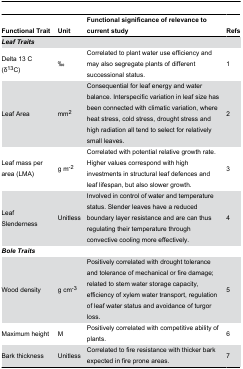
<table><thead><tr><td><b>Functional Trait</b></td><td><b>Unit</b></td><td><b>Functional significance of relevance to current study</b></td><td><b>Refs</b></td></tr></thead><tbody><tr><td><b><i>Leaf Traits</i></b></td><td></td><td></td><td></td></tr><tr><td>Delta 13 C (δ<sup>13</sup>C)</td><td>‰</td><td>Correlated to plant water use efficiency and may also segregate plants of different successional status.</td><td>1</td></tr><tr><td>Leaf Area</td><td>mm<sup>2</sup></td><td>Consequential for leaf energy and water balance. Interspecific variation in leaf size has been connected with climatic variation, where heat stress, cold stress, drought stress and high radiation all tend to select for relatively small leaves.</td><td>2</td></tr><tr><td>Leaf mass per area (LMA)</td><td>g m<sup>-2</sup></td><td>Correlated with potential relative growth rate. Higher values correspond with high investments in structural leaf defences and leaf lifespan, but also slower growth.</td><td>3</td></tr><tr><td>Leaf Slenderness</td><td>Unitless </td><td>Involved in control of water and temperature status. Slender leaves have a reduced boundary layer resistance and are can thus regulating their temperature through convective cooling more effectively. </td><td>4</td></tr><tr><td><b><i>Bole Traits</i></b></td><td></td><td></td><td></td></tr><tr><td>Wood density</td><td>g cm<sup>-3</sup></td><td>Positively correlated with drought tolerance and tolerance of mechanical or fire damage; related to stem water storage capacity, efficiency of xylem water transport, regulation of leaf water status and avoidance of turgor loss. </td><td>5</td></tr><tr><td>Maximum height </td><td>M</td><td>Positively correlated with competitive ability of plants.</td><td>6</td></tr><tr><td>Bark thickness</td><td>Unitless </td><td>Correlated to fire resistance with thicker bark expected in fire prone areas.</td><td>7</td></tr></tbody></table>